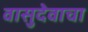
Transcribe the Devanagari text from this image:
वासुदेवाचा